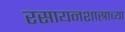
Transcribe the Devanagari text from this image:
रसायनशास्राच्या